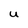
Character: U